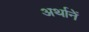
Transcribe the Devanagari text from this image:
अर्थानें